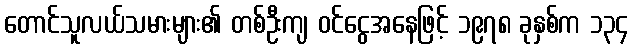
တောင်သူလယ်သမားများ၏ တစ်ဦးကျ ဝင်ငွေအနေဖြင့် ၁၉၇၈ ခုနှစ်က ၁၃၄